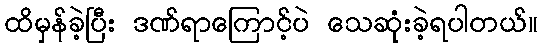
ထိမှန်ခဲ့ပြီး ဒဏ်ရာကြောင့်ပဲ သေဆုံးခဲ့ရပါတယ်။